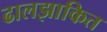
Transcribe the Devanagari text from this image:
ढालझाकित